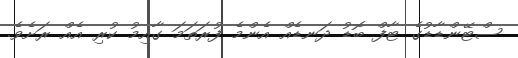
ސްޓޭންޑާޑުގެ ޓާފް ބޮޑު ދަނޑެއް އެންމެ ފުރަތަމަ ގާއިމު ކުރި އެއް ރަށެވެ.